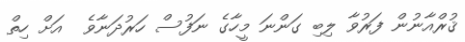
ޤުރްއާނުން ފަރުވާ ލިބި ގަންނަ މީހާގެ ނަފުސް ހަރުދަނާވެ  އަށް ހިތް